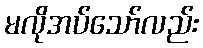
မလိုအပ်သော်လည်း